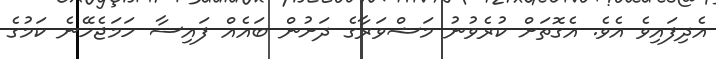
އެދިފައިވެ އެވެ. އެގޮތަށް ކުރެވުނު މަޝްވަރާގެ ދަށުން ބައެއް ފައިސާ ހަމަޖެހޭނެ ކަމުގެ